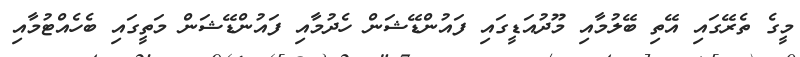
މީގެ ތެރޭގައި އޭތި ބޭލުމާއި މޫދުއަޑީގައި ފައުންޑޭޝަން ހެދުމާއި ފައުންޑޭޝަން މަތީގައި ބެހެއްޓުމާއި